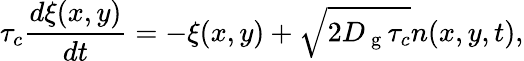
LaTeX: \tau_{c}\frac{d\xi(x,y)}{dt}=-\xi(x,y)+\sqrt{2D_{\mathrm{~g~}}\tau_{c}}n(x,y,t),